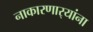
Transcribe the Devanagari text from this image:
नाकारणार्‍यांना